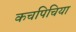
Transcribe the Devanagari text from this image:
कचपिचिया